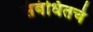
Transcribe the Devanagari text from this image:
संबंधितचे